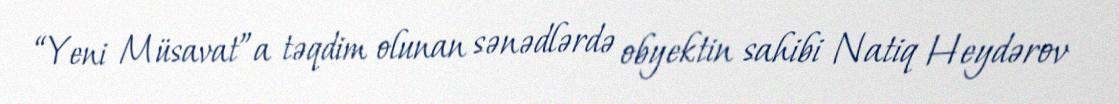
“Yeni Müsavat”a təqdim olunan sənədlərdə obyektin sahibi Natiq Heydərov